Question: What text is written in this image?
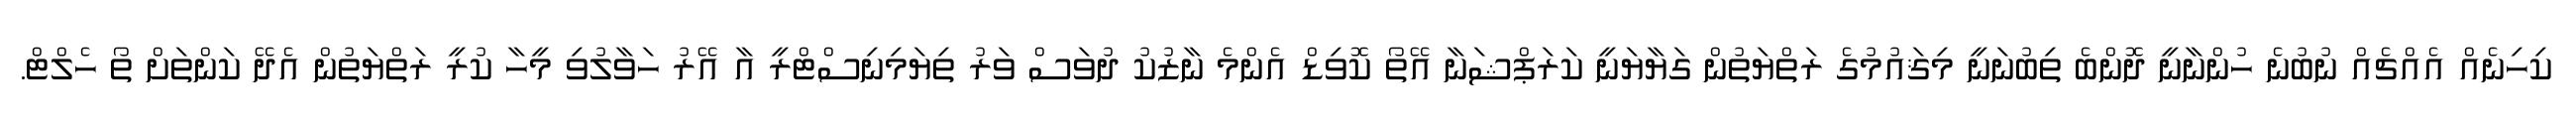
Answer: ކިހިނެއް އެއްޗެއް ނުބުނެ ހުންނާނީ ދޮންބެ ތިބުނަނީ މިޤައުމުގެ ރަތްޔަތުން ގަޔާޔަނީ ކަރަޕްޝަނާ އޭތޯ ކޮވިޑް އެންމެ ނާޒުކު ދުވަސް ވަރު ތިޔަމިނިސްޓްރީ އާ އޭރު ހަވާލުވި މީހާ ކުރީ ރަތްޔަތުން އެދޭ ކަންތަށް ތޯ ހެލްޓް.